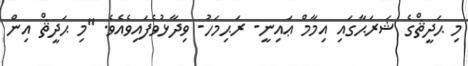
މި ޙަދީޘްގެ ޝަރަޙާގައި އިމާމް ޢައިނީ- ރަޙިމަހު- ވިދާޅުވެފައިވެއެވެ. "މި ޙަދީޘް އިން